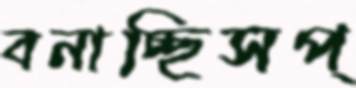
বনাচ্ছিসপ্